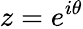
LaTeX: z=e^{i\theta}